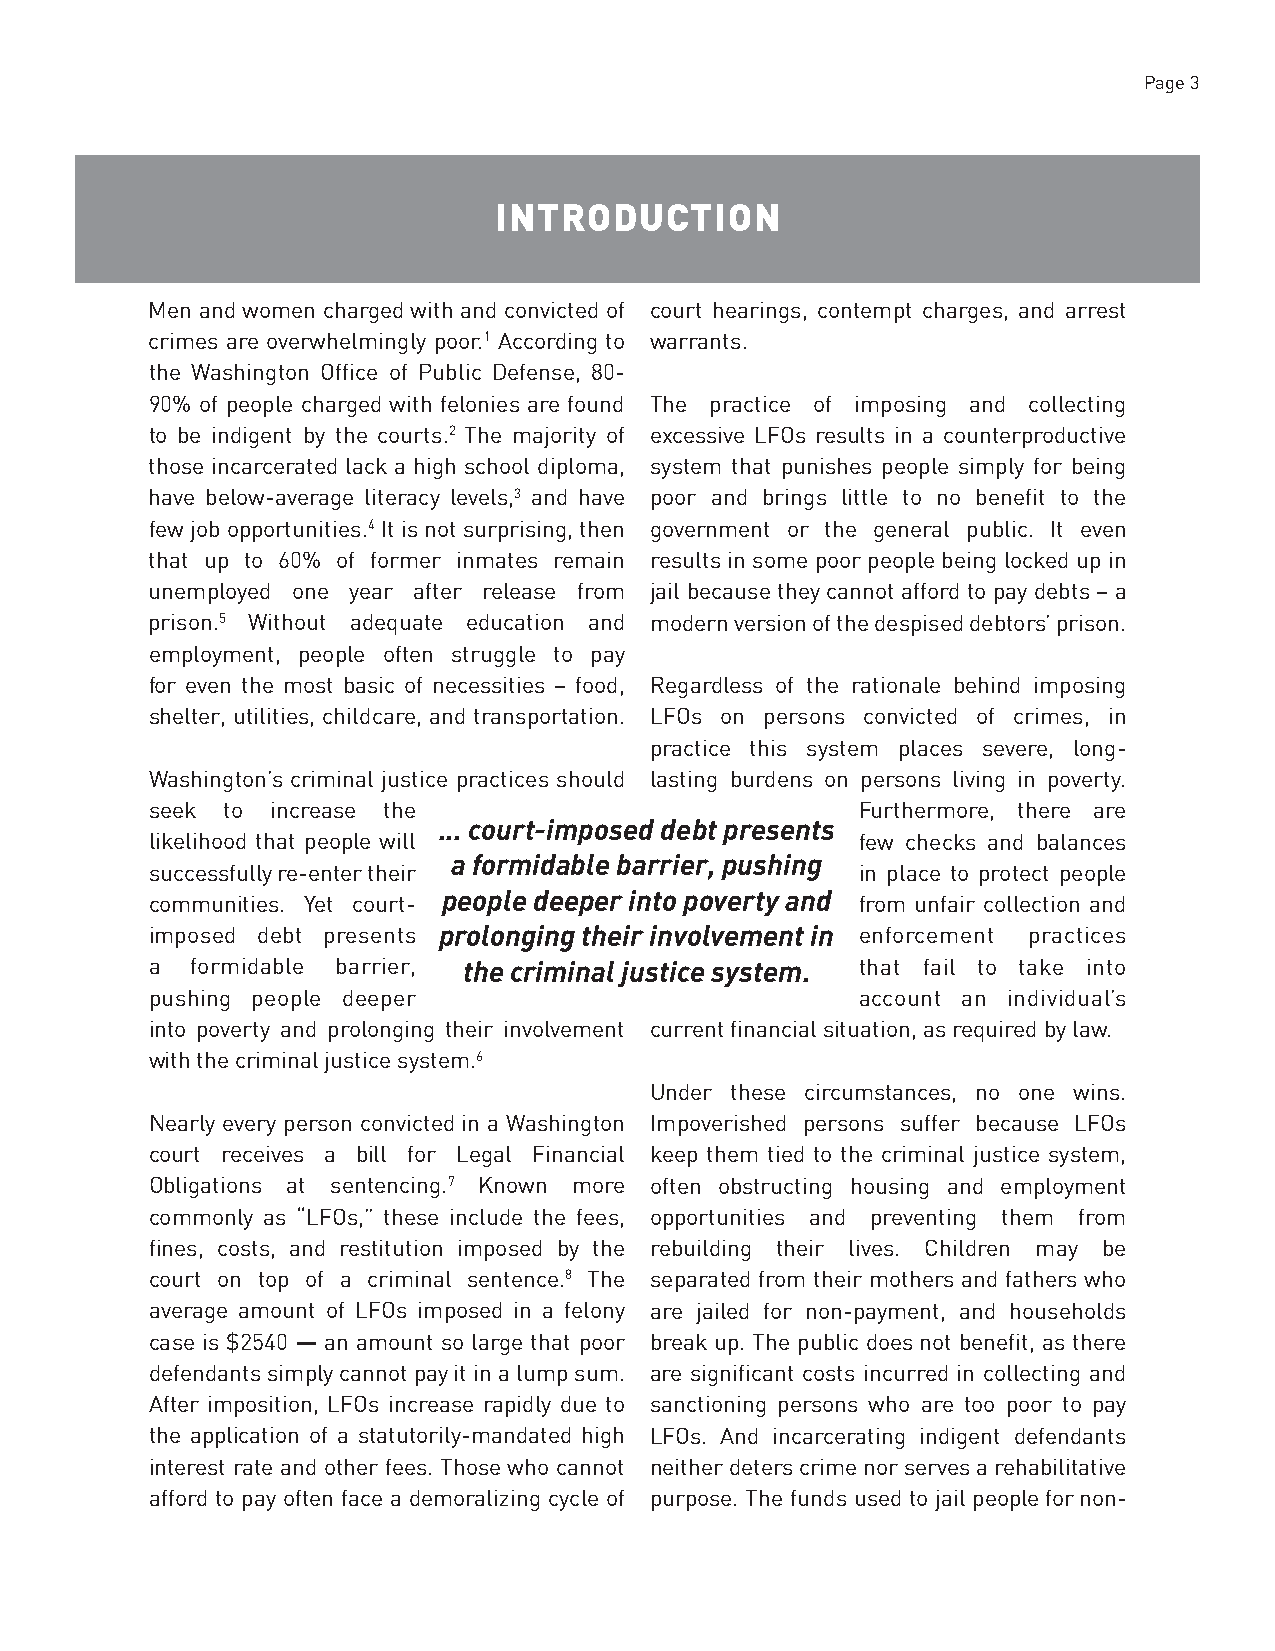
Page 3
 INTRODUCTION
 Men and women charged with and convicted of court hearings, contempt charges, and arrest
 crimes are overwhelmingly poor.1 According to warrants.
 the Washington Office of Public Defense, 80-
 90% of people charged with felonies are found The practice of imposing and collecting
 to be indigent by the courts.2 The majority of excessive LFOs results in a counterproductive
 those incarcerated lack a high school diploma, system that punishes people simply for being
 have below-average literacy levels,3 and have poor and brings little to no benefit to the
 few job opportunities.4 It is not surprising, then government or the general public. It even
 that up to 60% of former inmates remain results in some poor people being locked up in
 unemployed one year after release from jail because they cannot afford to pay debts – a
 prison.5 Without adequate education and modern version of the despised debtors’ prison.
 employment, people often struggle to pay
 for even the most basic of necessities – food, Regardless of the rationale behind imposing
 shelter, utilities, childcare, and transportation. LFOs on persons convicted of crimes, in
 practice this system places severe, long-
 Washington’s criminal justice practices should lasting burdens on persons living in poverty.
 seek to increase the                           Furthermore, there are
 ... court-imposed debt presents
 likelihood that people will                    few checks and balances
 a formidable barrier, pushing
 successfully re-enter their                    in place to protect people
 people deeper into poverty and
 communities. Yet court-                        from unfair collection and
 imposed debt presents prolonging their involvement in enforcement practices
 a  formidable barrier, the criminal justice system. that fail to take into
 pushing people deeper                          account an individual’s
 into poverty and prolonging their involvement current financial situation, as required by law.
 with the criminal justice system.6
 Under these circumstances, no one wins.
 Nearly every person convicted in a Washington Impoverished persons suffer because LFOs
 court receives a bill for Legal Financial keep them tied to the criminal justice system,
 Obligations at sentencing.7 Known more often obstructing housing and employment
 commonly as “LFOs,” these include the fees, opportunities and preventing them from
 fines, costs, and restitution imposed by the rebuilding their lives. Children may be
 court on top of a criminal sentence.8 The separated from their mothers and fathers who
 average amount of LFOs imposed in a felony are jailed for non-payment, and households
 case is $2540 — an amount so large that poor break up. The public does not benefit, as there
 defendants simply cannot pay it in a lump sum. are significant costs incurred in collecting and
 After imposition, LFOs increase rapidly due to sanctioning persons who are too poor to pay
 the application of a statutorily-mandated high LFOs. And incarcerating indigent defendants
 interest rate and other fees. Those who cannot neither deters crime nor serves a rehabilitative
 afford to pay often face a demoralizing cycle of purpose. The funds used to jail people for non-